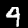
Digit: 4